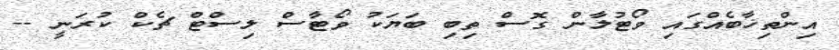
އިންތިޚާބެއްގައި ވޯޓުލާން ގޮސް ތިބި ބަޔަކު ވޯޓާސް ލިސްޓް ޗެކް ކުރަނީ --